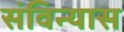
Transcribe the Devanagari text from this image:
संविन्यास